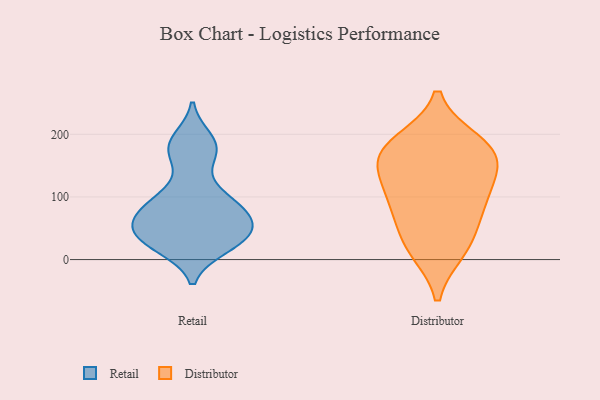
{"axis": {"x": "Inventory Turnover", "y": "Value"}, "legend": ["Distributor", "Retail"], "data": [{"x": "", "y": 170, "type": "Retail"}, {"x": "", "y": 66, "type": "Retail"}, {"x": "", "y": 37, "type": "Retail"}, {"x": "", "y": 41, "type": "Retail"}, {"x": "", "y": 73, "type": "Retail"}, {"x": "", "y": 21, "type": "Retail"}, {"x": "", "y": 55, "type": "Retail"}, {"x": "", "y": 27, "type": "Retail"}, {"x": "", "y": 100, "type": "Retail"}, {"x": "", "y": 191, "type": "Retail"}, {"x": "", "y": 175, "type": "Retail"}, {"x": "", "y": 179, "type": "Retail"}, {"x": "", "y": 66, "type": "Retail"}, {"x": "", "y": 92, "type": "Retail"}, {"x": "", "y": 73, "type": "Retail"}, {"x": "", "y": 36, "type": "Retail"}, {"x": "", "y": 105, "type": "Retail"}, {"x": "", "y": 25, "type": "Retail"}, {"x": "", "y": 18, "type": "Distributor"}, {"x": "", "y": 50, "type": "Distributor"}, {"x": "", "y": 136, "type": "Distributor"}, {"x": "", "y": 158, "type": "Distributor"}, {"x": "", "y": 158, "type": "Distributor"}, {"x": "", "y": 185, "type": "Distributor"}, {"x": "", "y": 188, "type": "Distributor"}, {"x": "", "y": 104, "type": "Distributor"}, {"x": "", "y": 15, "type": "Distributor"}, {"x": "", "y": 95, "type": "Distributor"}, {"x": "", "y": 84, "type": "Distributor"}, {"x": "", "y": 171, "type": "Distributor"}]}